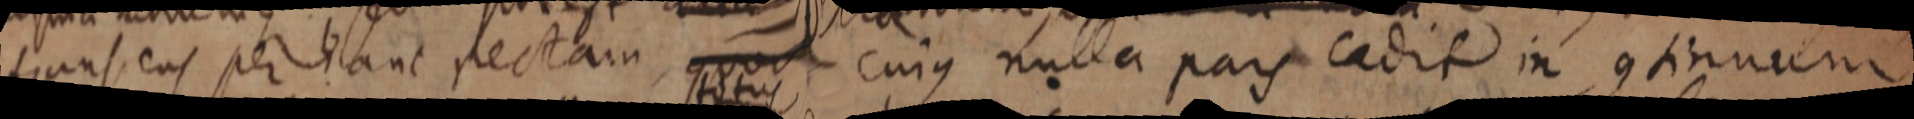
transens per hanc rectam, quod cujus nulla pars cadit in continuum